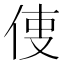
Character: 𠉕